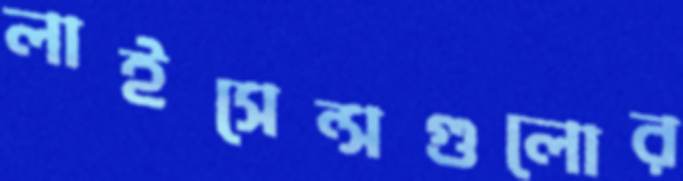
লাইসেন্সগুলোর